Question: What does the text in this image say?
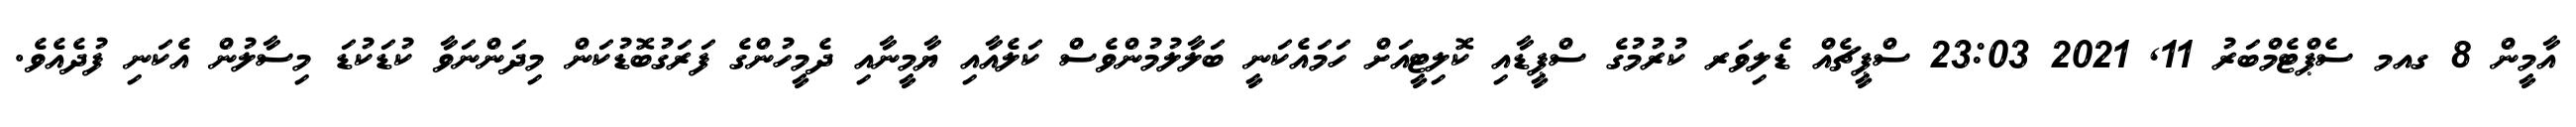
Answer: އާމީން 8 ގއމ ސެޕްޓެމްބަރު 11, 2021 23:03 ސްޕީޗެއް ޑެލިވަރ ކުރުމުގެ ސްޕީޑާއި ކޮލިޓީއަށް ހަމައެކަނީ ބަލާލުމުންވެސް ކަލެއާއި ޔާމީނާއި ދެމީހުންގެ ފަރަގުބޮޑުކަން މިދަންނަވާ ކުޑަކުޑަ މިސާލުން އެކަނި ފުދެއެވެ.